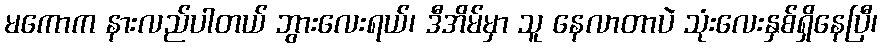
မကောက နားလည်ပါတယ် ဘွားလေးရယ်၊ ဒီအိမ်မှာ သူ နေလာတာပဲ သုံးလေးနှစ်ရှိနေပြီ၊